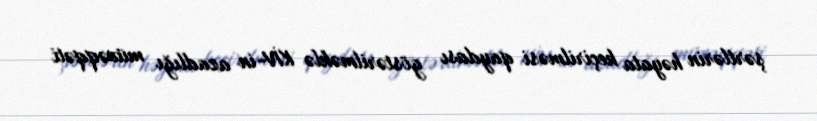
şərtlərin həyata keçirilməsi qaydası göstərilməklə KİV-in azadlığı müvəqqəti